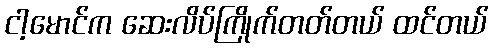
ငါ့မောင်က ဆေးလိပ်ကြိုက်တတ်တယ် ထင်တယ်